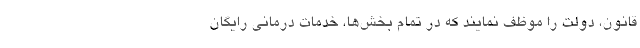
قانون، دولت را موظف نمایند که در تمام بخش‌ها، خدمات درمانی رایگان